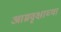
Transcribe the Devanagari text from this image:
आम्रवृक्षाच्या